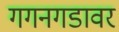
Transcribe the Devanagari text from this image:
गगनगडावर